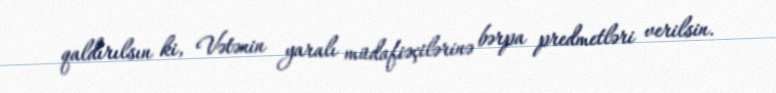
qaldırılsın ki, Vətənin yaralı müdafiəçilərinə bərpa predmetləri verilsin.